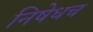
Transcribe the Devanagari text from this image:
निषेधच